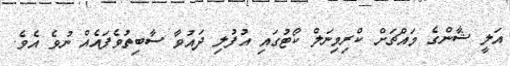
އަލީ ޝާންގެ މައްޗަށް ކްރިމިނަލް ކޯޓުގައި އުފުލި ދައުވާ ސާބިތުވެފައެއް ނުވެ އެވެ.